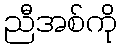
ညီအစ်ကို